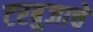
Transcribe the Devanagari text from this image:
टरबुजाचे